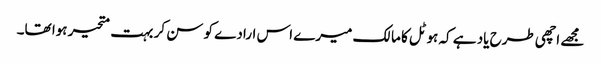
مجھے اچھی طرح یاد ہے کہ ہوٹل کا مالک میرے اس ارادے کو سن کر بہت متحیر ہوا تھا۔